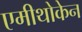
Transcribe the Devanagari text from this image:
एमीथोकेन